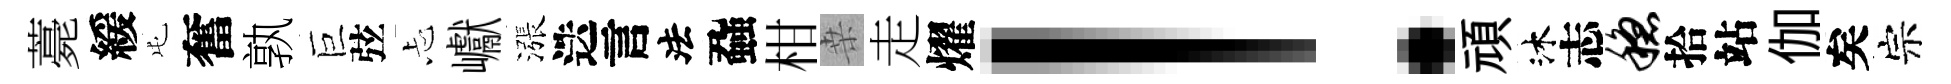
薧緩屯奮孰巨弦忐巘漲迭言法蝨柑桒走燿！頑沐志稳拾站伽矣宗